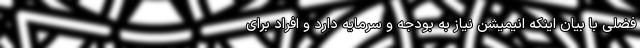
فضلی با بیان اینکه انیمیشن نیاز به بودجه و سرمایه دارد و افراد برای